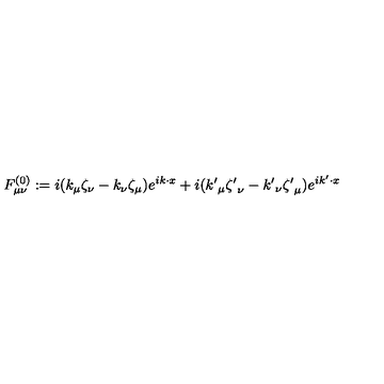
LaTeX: F _ { \mu \nu } ^ { ( 0 ) } : = i ( k _ { \mu } \zeta _ { \nu } - k _ { \nu } \zeta _ { \mu } ) e ^ { i k \cdot x } + i ( { k ^ { \prime } } _ { \mu } { \zeta ^ { \prime } } _ { \nu } - { k ^ { \prime } } _ { \nu } { \zeta ^ { \prime } } _ { \mu } ) e ^ { i k ^ { \prime } \cdot x }